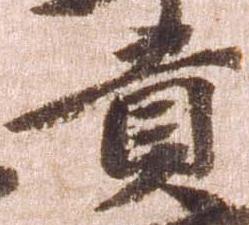
貢